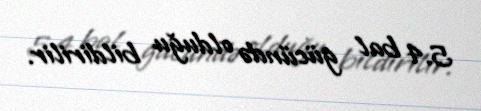
5.4 bal gücündə olduğu bildirilir.